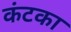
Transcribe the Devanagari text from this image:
कंटका